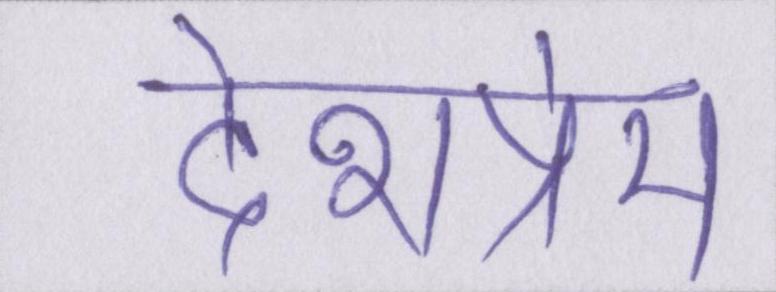
देशप्रेम